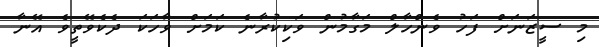
މި ސީޒަނަށް ފަހު ވެންހާލް މަގާމުން ވަކިކުރާނެ ކަމަށް ވާހަކަ ދެކެވޭތީވެ އޭނާ